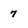
Character: 7